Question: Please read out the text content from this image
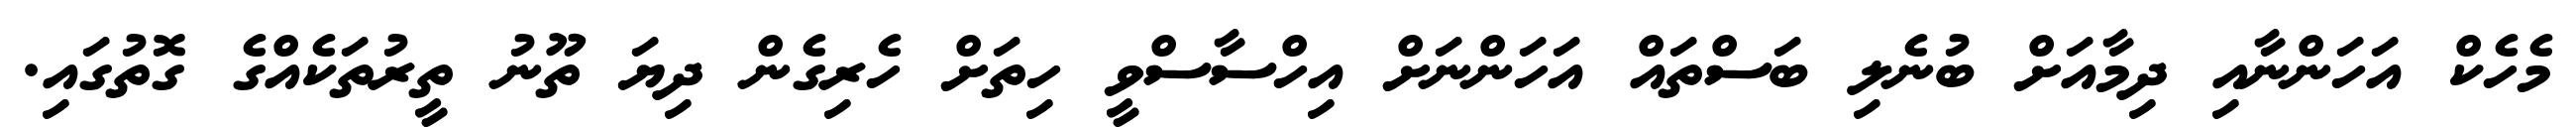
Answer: މެހެކް އަހަންނާއި ދިމާއަށް ބުނެލި ބަސްތައް އަހަންނަށް އިހްސާސްވީ ހިތަށް ހެރިގެން ދިޔަ ތޫނު ތީރުތަކެއްގެ ގޮތުގައި.